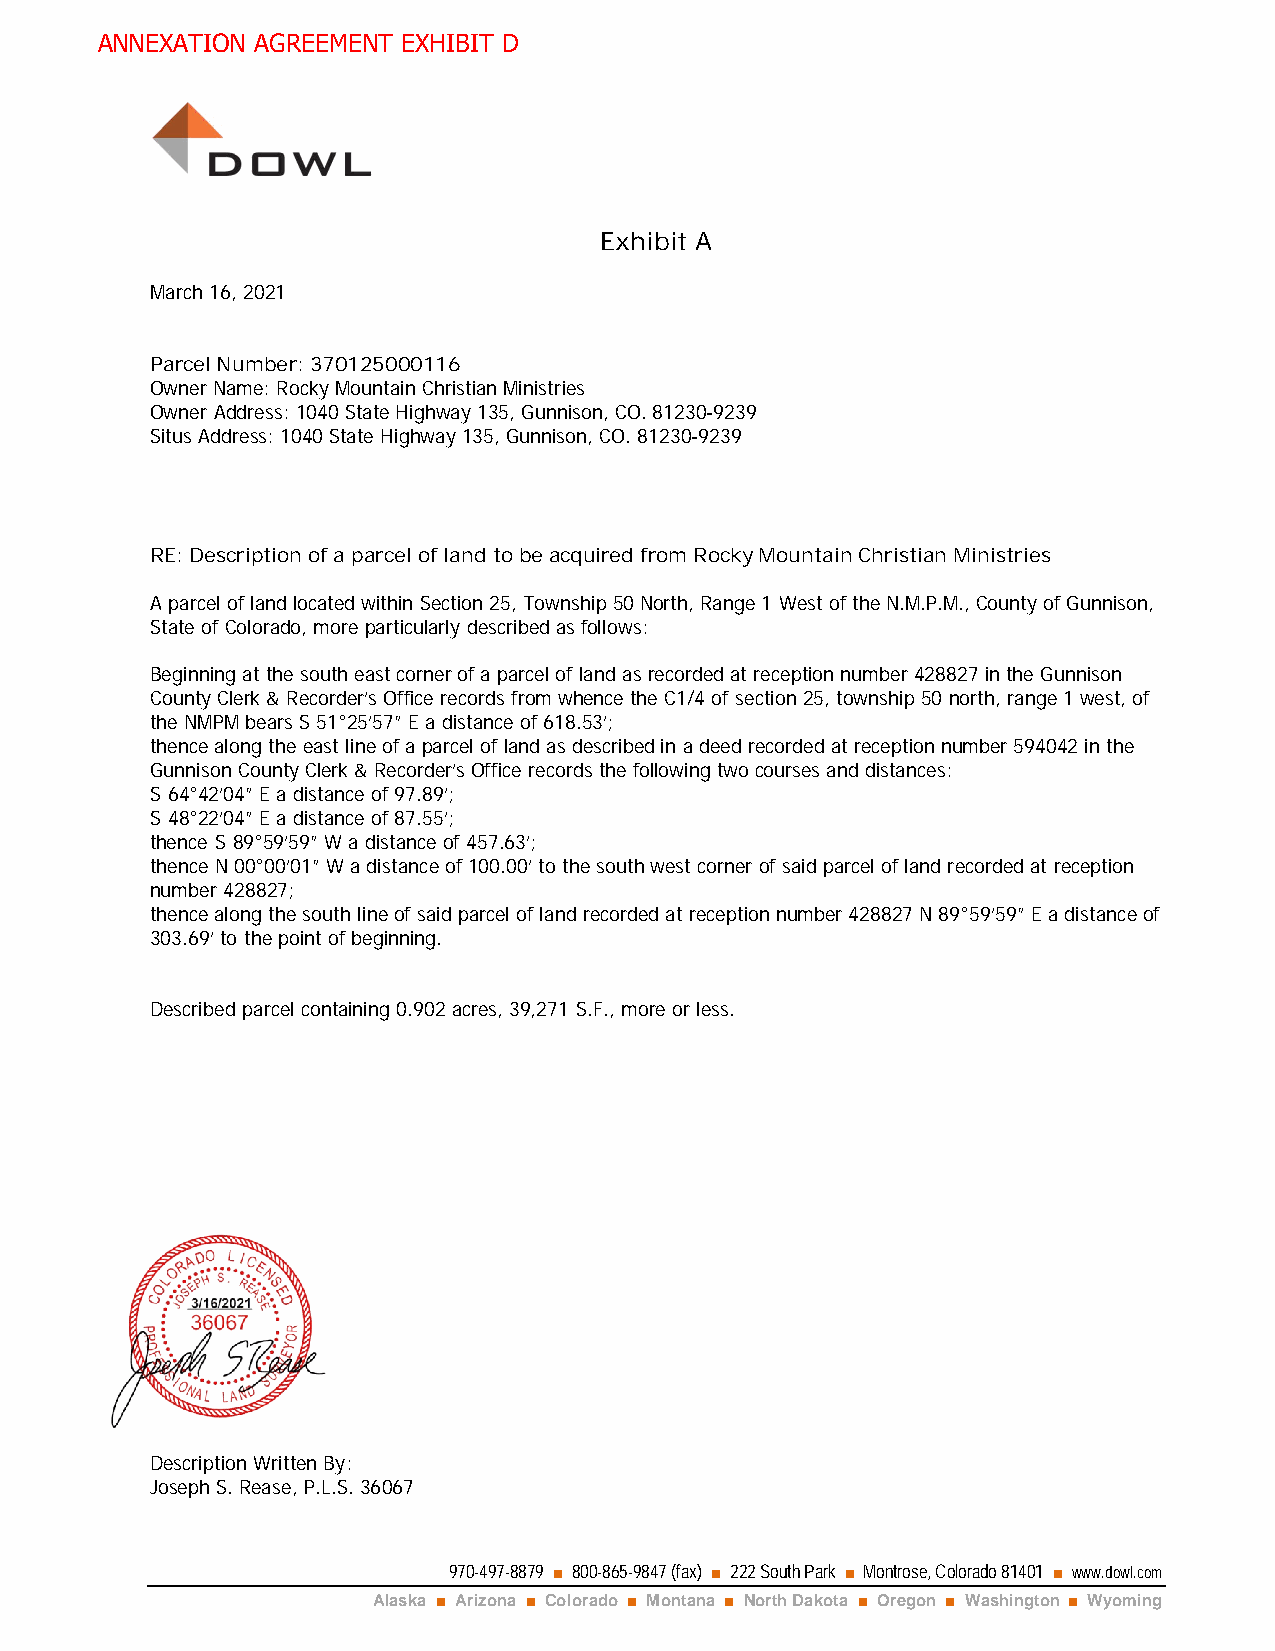
ANNEXATION AGREEMENT EXHIBIT D
 Exhibit A
 March 16, 2021
 Parcel Number: 370125000116
 Owner Name: Rocky Mountain Christian Ministries
 Owner Address: 1040 State Highway 135, Gunnison, CO. 81230-9239
 Situs Address: 1040 State Highway 135, Gunnison, CO. 81230-9239
 RE: Description of a parcel of land to be acquired from Rocky Mountain Christian Ministries
 A parcel of land located within Section 25, Township 50 North, Range 1 West of the N.M.P.M., County of Gunnison,
 State of Colorado, more particularly described as follows:
 Beginning at the south east corner of a parcel of land as recorded at reception number 428827 in the Gunnison
 County Clerk & Recorder’s Office records from whence the C1/4 of section 25, township 50 north, range 1 west, of
 the NMPM bears S 51°25’57” E a distance of 618.53’;
 thence along the east line of a parcel of land as described in a deed recorded at reception number 594042 in the
 Gunnison County Clerk & Recorder’s Office records the following two courses and distances:
 S 64°42’04” E a distance of 97.89’;
 S 48°22’04” E a distance of 87.55’;
 thence S 89°59’59” W a distance of 457.63’;
 thence N 00°00’01” W a distance of 100.00’ to the south west corner of said parcel of land recorded at reception
 number 428827;
 thence along the south line of said parcel of land recorded at reception number 428827 N 89°59’59” E a distance of
 303.69’ to the point of beginning.
 Described parcel containing 0.902 acres, 39,271 S.F., more or less.
 Description Written By:
 Joseph S. Rease, P.L.S. 36067
 970-497-8879 ■ 800-865-9847 (fax) ■ 222 South Park ■ Montrose, Colorado81401 ■ www.dowl.com
 Alaska ■ Arizona ■ Colorado ■ Montana ■ North Dakota ■ Oregon ■ Washington ■ Wyoming